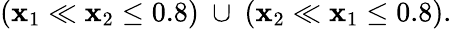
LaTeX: (\mathbf{x}_{1}\ll\mathbf{x}_{2}\leq0.8)\ \cup\ (\mathbf{x}_{2}\ll\mathbf{x}_{1}\leq0.8).